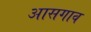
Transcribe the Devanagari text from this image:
आसगाव